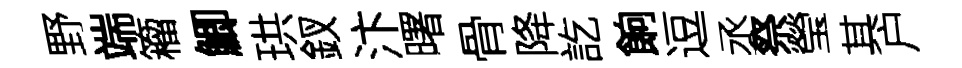
野端籕鯽珙釵汴曙骨降訖餉逗丞祭瑩其户